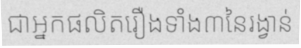
ជាអ្នកផលិតរឿងទាំង៣នៃរង្វាន់